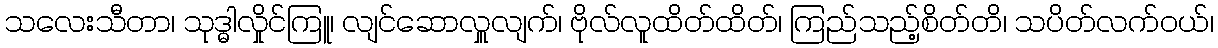
သလေးသီတာ၊ သုဒ္ဓါလှိုင်ကြူ၊ လျင်ဆောလှူလျက်၊ ဗိုလ်လူထိတ်ထိတ်၊ ကြည်သည့်စိတ်တိ၊ သပိတ်လက်ဝယ်၊